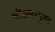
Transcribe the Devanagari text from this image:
श्रीसमरपुंगव